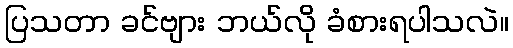
ပြသတာ ခင်ဗျား ဘယ်လို ခံစားရပါသလဲ။